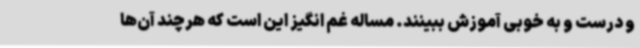
و درست و به خوبی آموزش ببینند. مساله غم انگیز این است که هرچند آن‌ها